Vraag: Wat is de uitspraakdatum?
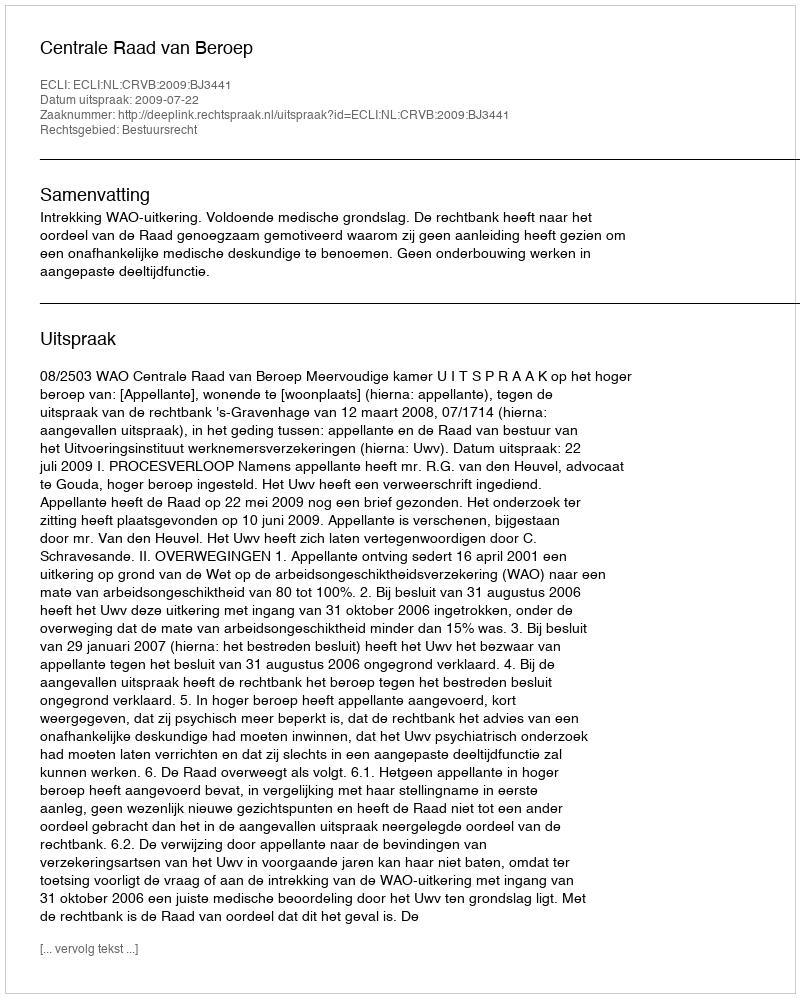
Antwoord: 2009-07-22